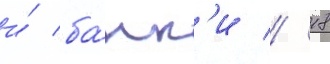
и́ ба́нк'и // 18